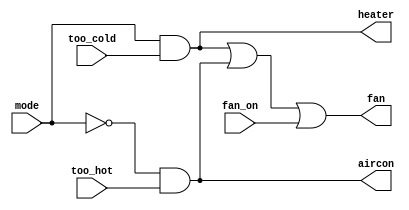
module top_module (
    input too_cold,
    input too_hot,
    input mode,
    input fan_on,
    output heater,
    output aircon,
    output fan
); 
    assign heater=mode&too_cold;
    assign aircon=~mode&too_hot;
    assign fan=heater|aircon|fan_on;
endmodule